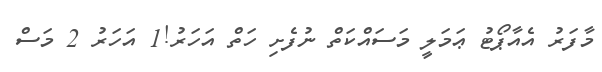
މާފަރު އެއާޕޯޓު ޢަމަލީ މަސައްކަތް ނުފެށި ހަތް އަހަރު!1 އަހަރު 2 މަސް